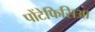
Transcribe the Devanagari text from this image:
पोंटेफिसिआ